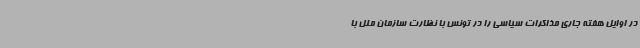
در اوایل هفته جاری مذاکرات سیاسی را در تونس با نظارت سازمان ملل با